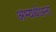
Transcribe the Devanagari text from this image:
अभ्यर्थअना